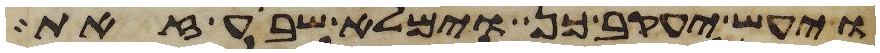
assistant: ויעש יעקב כן וימלא שבע זאת